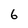
Character: 6